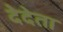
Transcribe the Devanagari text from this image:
देदेता